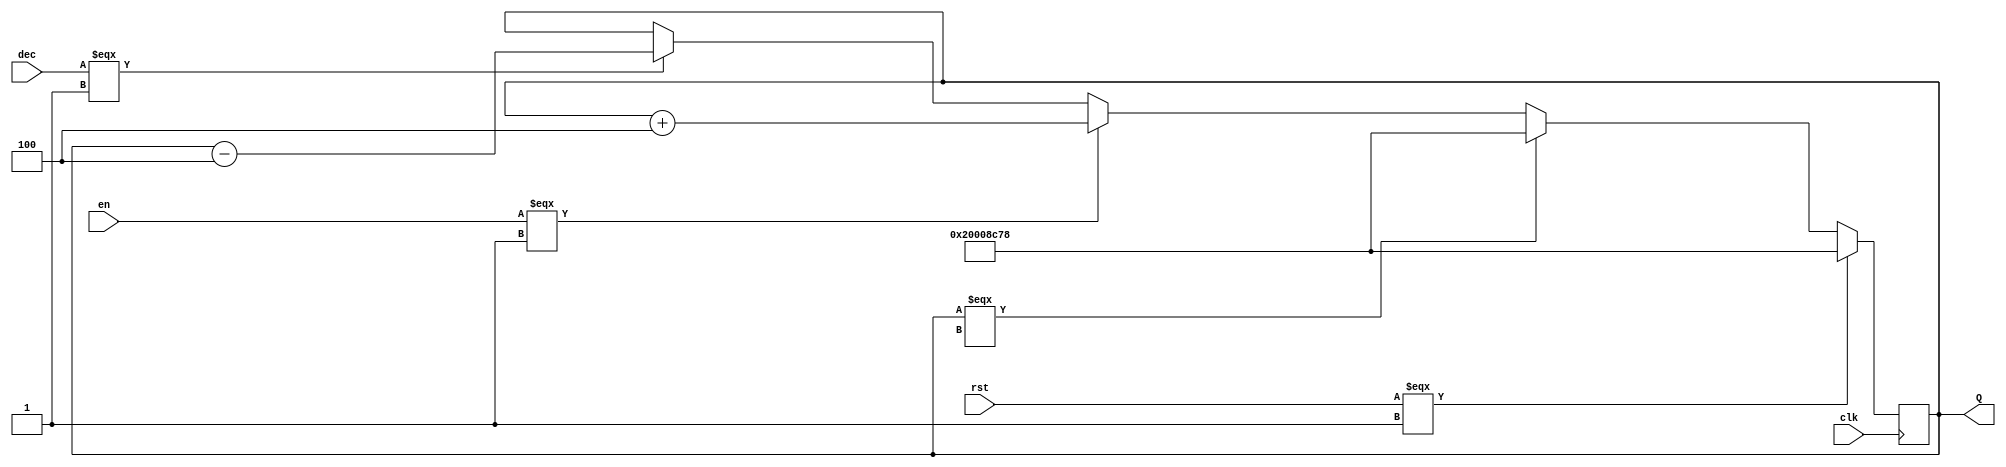
/*JB Bahreburg
* stack_pointer.v
* This file contains the behavior for a stack pointer, a special register which points to the
* address for the top of the stack.*/
module stack_pointer (
	input clk, en, rst, dec,
	output [31:0] Q
);
	/*Four inputs: a clock, a reset input, and enable pin, and a decrement
	* pin
	* The single output is the address of hte current top of the stack*/
	reg [31:0] internal;
	
	always @ (negedge clk) begin
		if(rst === 1)
			internal = 32'h20008C78;	// if resetting, go back to 0x20008C78, the address for the first stack value in memory
		else if (internal === 32'hx)
			internal = 32'h20008C78;	// if undefined the stack pointer should also reset
		else if (en === 1)
			internal = internal + 4;	// if enabled then it needs to be incremented
		else if (dec === 1)
			internal = internal - 4;	// if decrement is active then go to the previous address
	end

	assign Q = internal;

endmodule